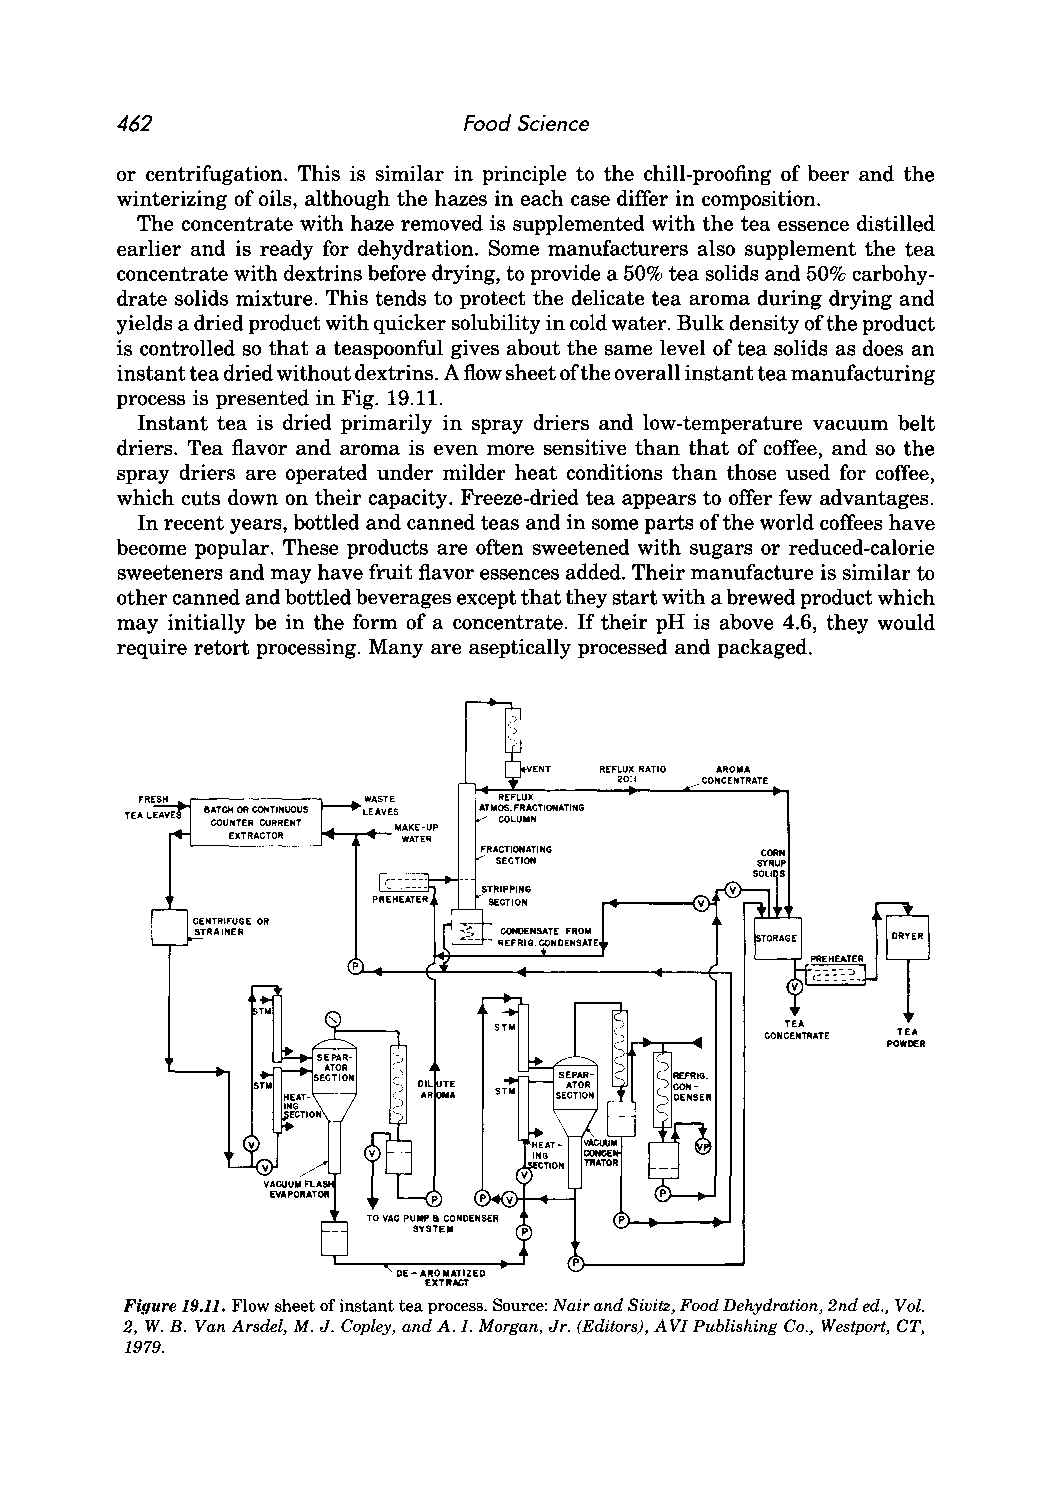
462                    Food Science
 or centrifugation. This is similar in principle to the chill-proofing of beer and the
 winterizing of oils, although the hazes in each case differ in composition.
 The concentrate with haze removed is supplemented with the tea essence distilled
 earlier and is ready for dehydration. Some manufacturers also supplement the tea
 concentrate with dextrins before drying, to provide a 50% tea solids and 50% carbohy
 drate solids mixture. This tends to protect the delicate tea aroma during drying and
 yields a dried product with quicker solubility in cold water. Bulk density of the product
 is controlled so that a teaspoonful gives about the same level of tea solids as does an
 instant tea dried without dextrins. A flow sheet ofthe overall instant tea manufacturing
 process is presented in Fig. 19.1l.
 Instant tea is dried primarily in spray driers and low-temperature vacuum belt
 driers. Tea flavor and aroma is even more sensitive than that of coffee, and so the
 spray driers are operated under milder heat conditions than those used for coffee,
 which cuts down on their capacity. Freeze-dried tea appears to offer few advantages.
 In recent years, bottled and canned teas and in some parts of the world coffees have
 become popular. These products are often sweetened with sugars or reduced-calorie
 sweeteners and may have fruit flavor essences added. Their manufacture is similar to
 other canned and bottled beverages except that they start with a brewed product which
 may initially be in the form of a concentrate. If their pH is above 4.6, they would
 require retort processing. Many are aseptically processed and packaged.
 REFLUX RATIO AROM.
 20:1 CONCENTRATE
 WASTE
 BATCH OR CONTINUOUS LEAVES
 COUNTER CURRENT
 EXTRACTOR
 DE-AROMATIZED
 EXTRACT
 Figure 19.11. Flow sheet of instant tea process. Source: Nair and Sivitz, Food Dehydration, 2nd ed., Vol.
 2, W. B. Van Arsdel, M. J. Copley, and A. 1. Morgan, Jr. (Editors), AVI Publishing Co., Westport, CT,
 1979.